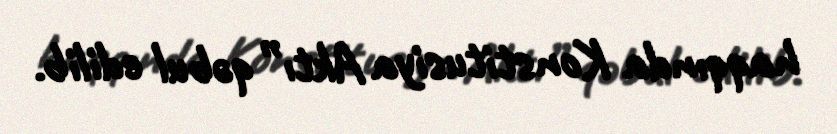
haqqında Konstitusiya Aktı” qəbul edilib.